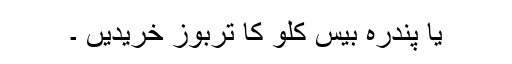
یا پندرہ بیس کلو کا تربوز خریدیں ۔